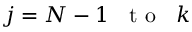
j = N - 1 \mathrm { ~ \; ~ t ~ o ~ \; ~ } k